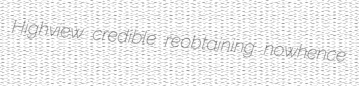
Highview credible reobtaining nowhence